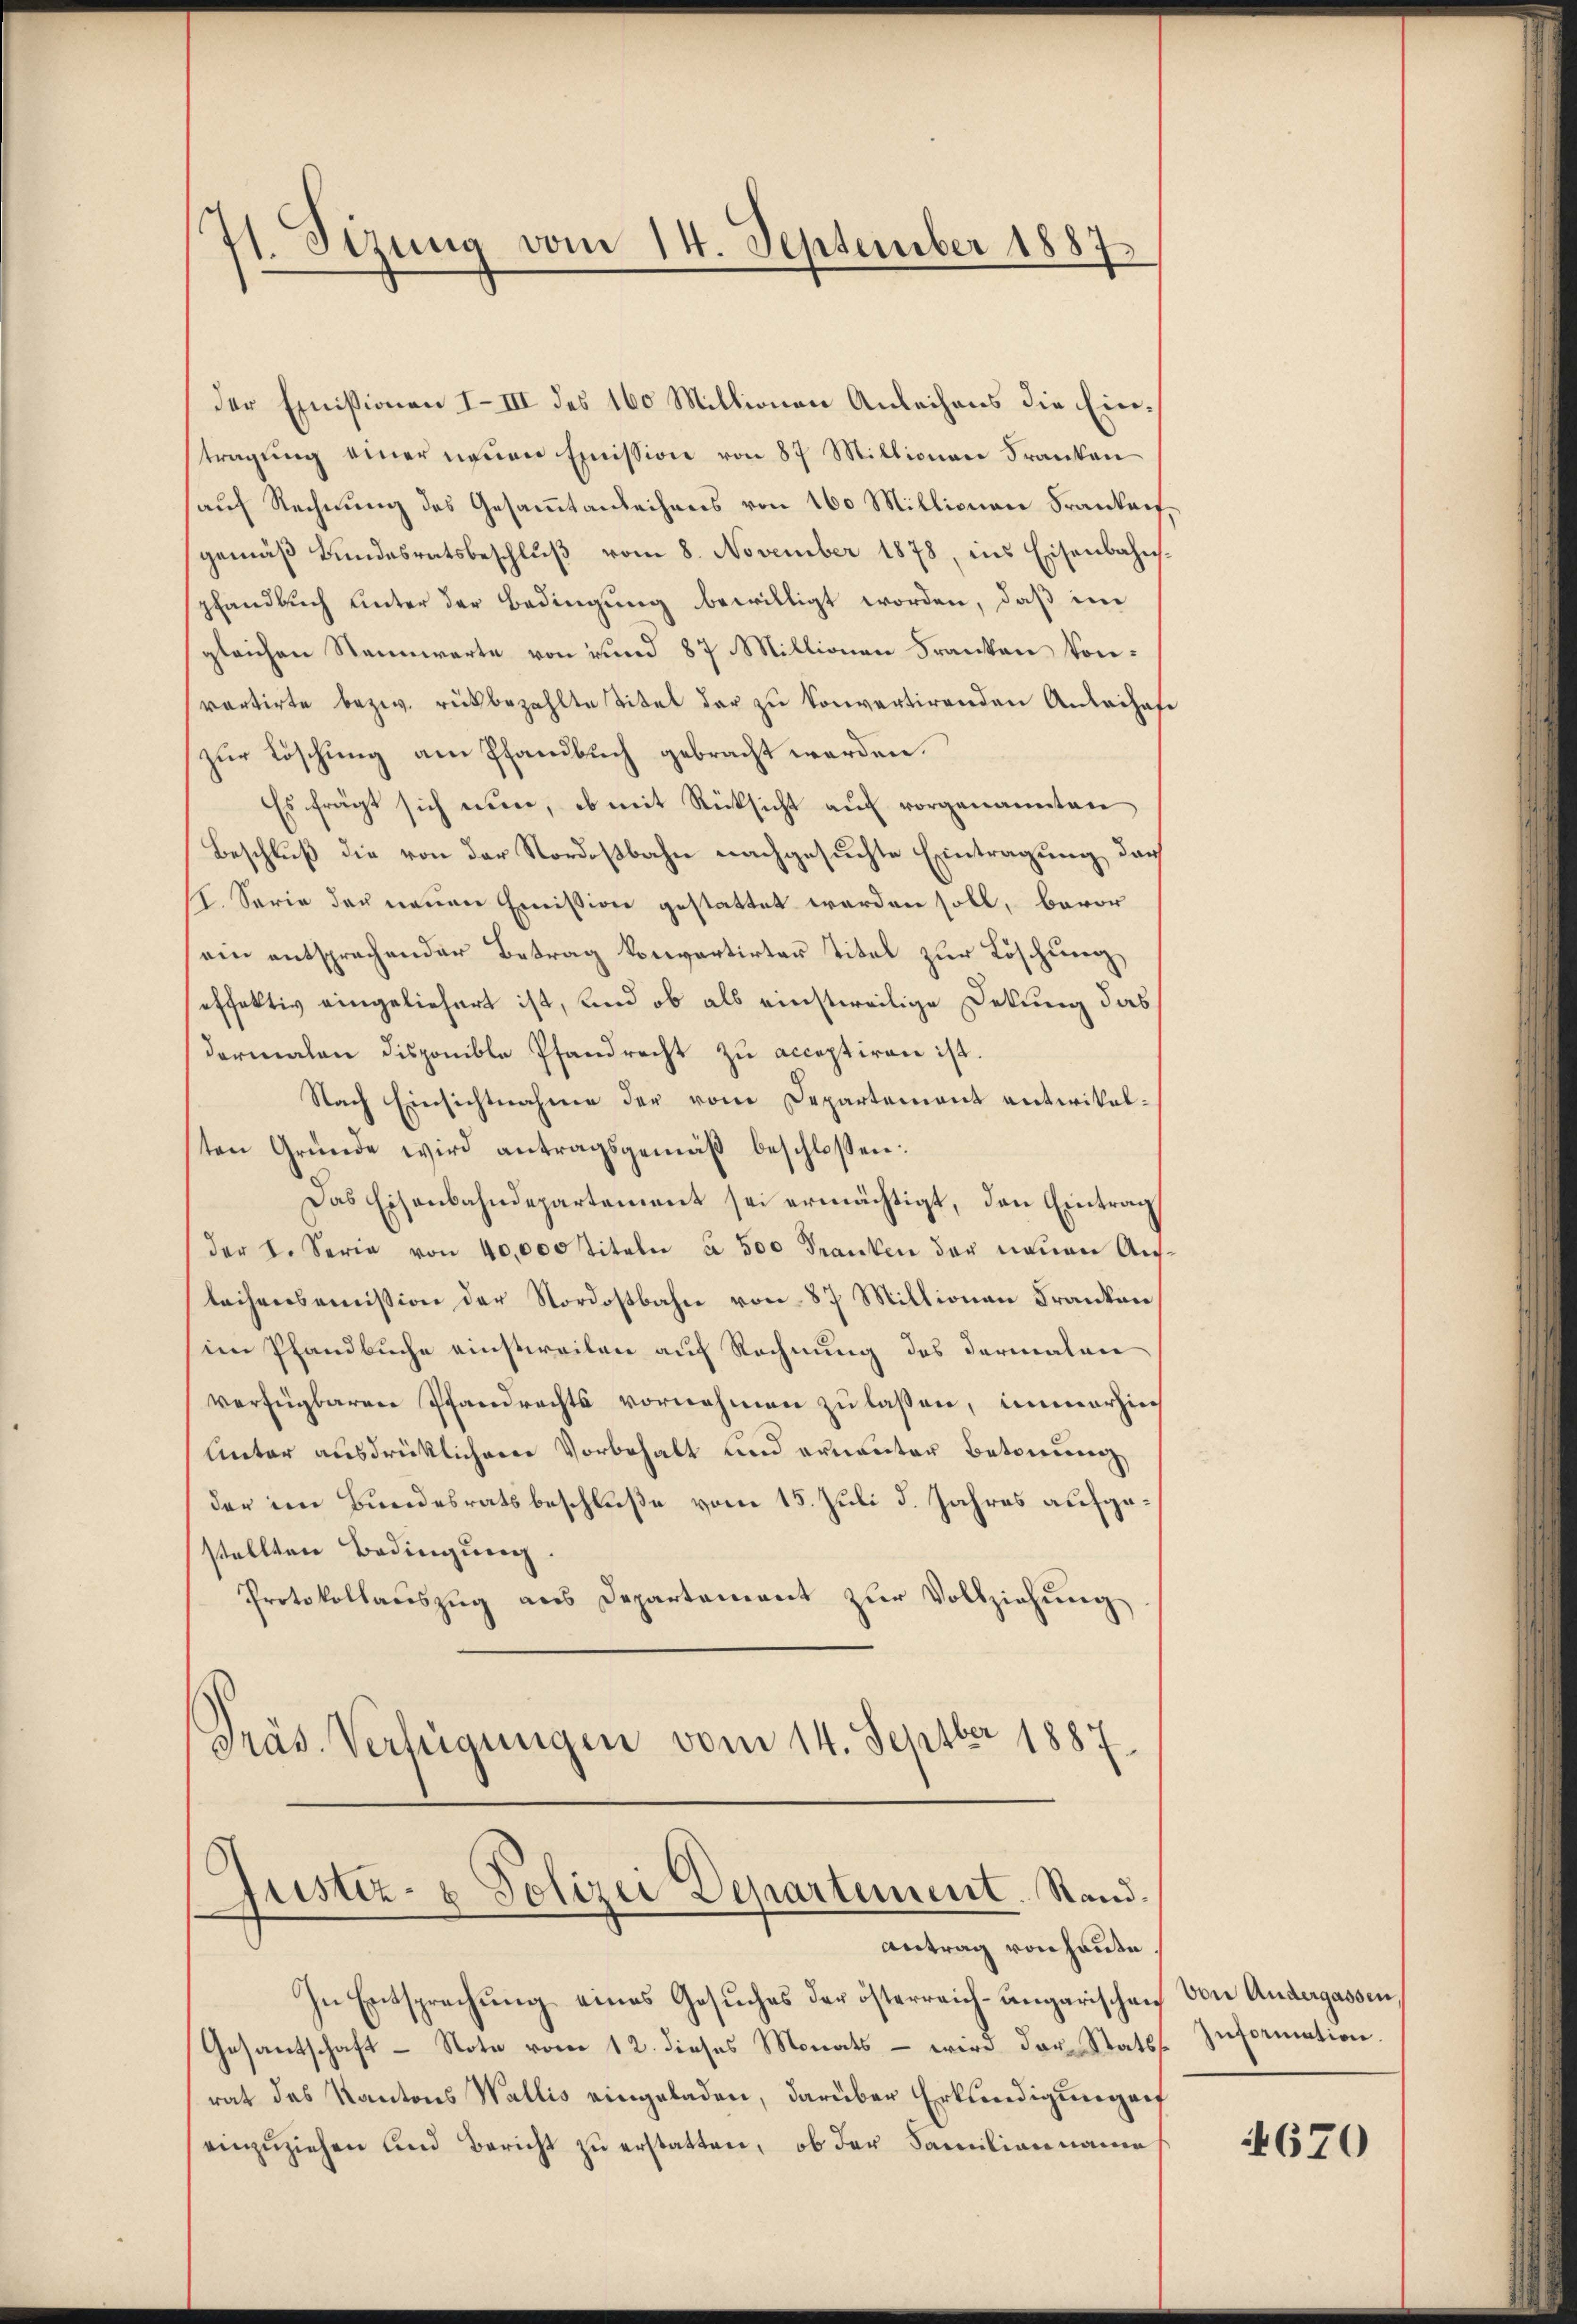
71. Sizung vom 14. September 1887.

der Emissionen I. III des 160 Millionen Anleihens die Eintragung einer neuen Emission von 87 Millionen Franken
auf Rechnung des Gesammtanleihens von 160 Millionau Frankaufgemäβ Bŭndesratsbeschlŭβ vom 8. November 1878, ins Eisenbahnspfandbuch unter der Bedingung bewilligt worden, daß in
gleichen Stannwarte von und 87 Millionen Franken konvartirte bezw. rückbezahlte Titel der zu konvertirenden Anleihafe
zur Löschung am Pfandbuch gebracht werden.
Es frägt sich nun, ob mit Rücksicht auf vorgenannten
Beschluß die von der Nordostbahn nachgesuchte Eintragung, das
12. Serie der neuen Emission gestattet worden soll, bevor
ein entsprochender Betrag konartirter Titel zur Löschung
effektiv eingeliefert ist, und ob als einstweilige Dekung das
dermalen disponible Pfandrecht zu acceptiren ist.
Nach Einsichtnahme der vom Departement antikelten Gründe wird antragsgemäß beschlossen:
Das Eisenbahndepartement sei ermächtigt, den Eintrag
der L. Serie von 40,000 Titeln à 500 Franken der neuen Ausleihensommission der Nordostbahn von 87 Millionen Franken,
im Pfandbuche einstweilen auf Rechnung des dermalen
verfügbaren Pfandrechts vornehmen zu lassen, immerhin
Unter ausdrücklicherer Vorbehalt und ernanter Betonung
der im Bundesratsbeschluße vom 15. Juli d. Jahres aufgestellten Bedingung.
Protokollauszug aus Departement zŭr Vollziehung
Präs. Verfügungen vom 14. Septbr 1887.

Justiz- & Polizei Departement. Stand.
Antrag von heute.

In Entsprechung eines Gesuches der österreich-ungarischen von Andergassen,
Gesantschaft - Note vom 12. dieses Monats - wird der Stats Information.
rat des Kantons Wallis eingeladen, darüber Erkundigung auf
einzuziehen und Bericht zu erstatten, ob der Familian name

4670